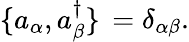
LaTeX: \lbrace a_{\alpha},a_{\beta}^{\dagger}\rbrace\, =\delta_{\alpha\beta}.